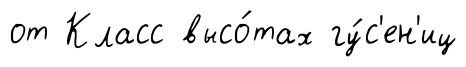
от Класс высо́тах гу́с'ен'иц